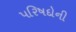
પરિષદોની